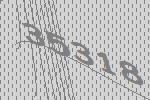
35318